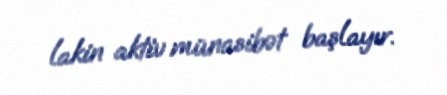
lakin aktiv münasibət başlayır.